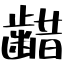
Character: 齰